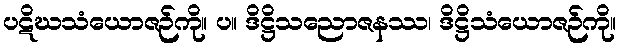
ပဋိဃသံယောဇဉ်ကို။ ပ။ ဒိဋ္ဌိသညောဇနဿ၊ ဒိဋ္ဌိသံယောဇဉ်ကို။